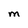
Character: M